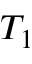
T _ { 1 }